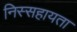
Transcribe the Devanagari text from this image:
निस्सहायता